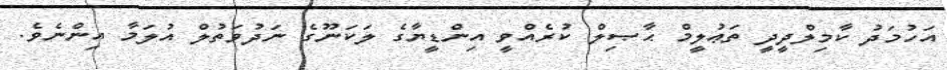
އަހުމަދު ކާމިލްދީދީ ތަޢުލީމް ޙާޞިލް ކުރެއްވީ އިންޑީޔާގެ ލަކަނޫގެ ނަދުވަތުލް އުލަމާ އިންނެވެ.